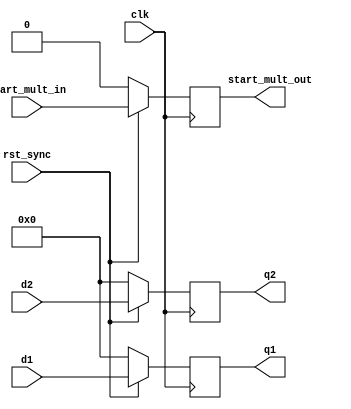
module mul_buffer(clk,rst_sync,start_mult_in,d1,d2,start_mult_out,q1,q2);

parameter Size = 4;

input clk,rst_sync;
input start_mult_in;
input [Size-1:0] d1;
input [Size-1:0] d2;
output start_mult_out;
output [Size-1:0] q1;
output [Size-1:0] q2;


reg [Size-1:0] temp1;
reg [Size-1:0] temp2;
reg temp3;

assign q1 = temp1;
assign q2 = temp2;
assign start_mult_out = temp3;

always @(posedge clk)
    begin
        if(rst_sync == 1'b0)
            begin
				temp3 <= 0;
                temp1 <= 0;
                temp2 <= 0;
            end
        else
            begin
			    temp3 <= start_mult_in;
                temp1 <= d1;
                temp2 <= d2;
            end
    end 
endmodule